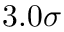
3 . 0 \sigma